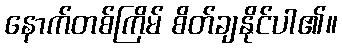
နောက်တစ်ကြိမ် စိတ်ချနိုင်ပါ၏။